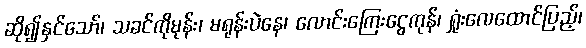
ဆို၍နှင်သော်၊ သခင်ကိုမုန်း၊ မရုန်းပဲနေ၊ လောင်းကြေးငွေကုန်၊ ရှုံးလေထောင်ပြည့်၊